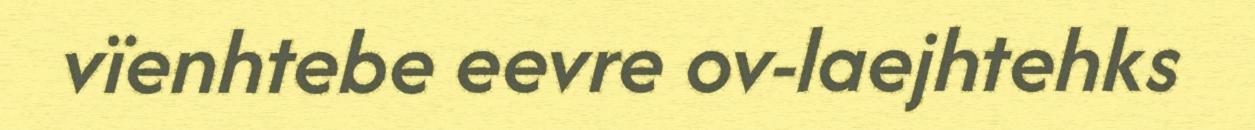
vïenhtebe eevre ov-laejhtehks